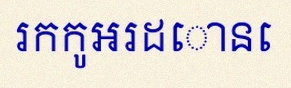
រកកូអរដោនេ